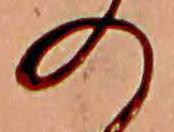
の